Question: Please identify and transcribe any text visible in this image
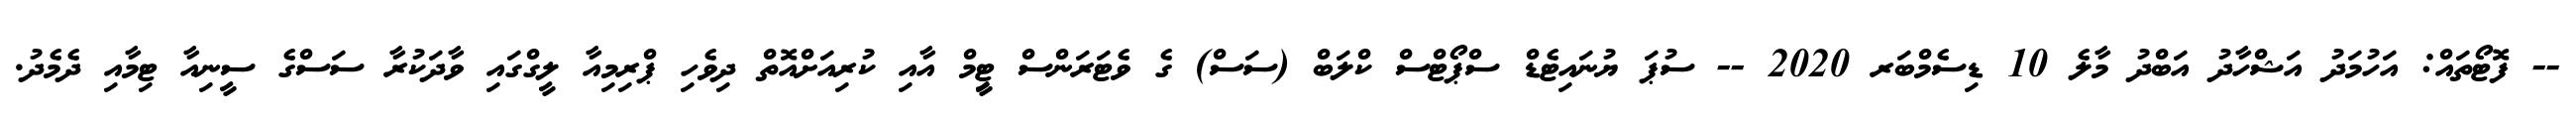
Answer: -- ފޮޓޯތައް: އަހުމަދު އަޝްހާދު އަބްދު މާލެ 10 ޑިސެމްބަރ 2020 -- ސުޕަ ޔުނައިޓެޑް ސްޕޯޓްސް ކްލަބް (ސަސް) ގެ ވެޓަރަންސް ޓިީމް އާއި ކުރިއަށްއޮތް ދިވެހި ޕްރިމިއާ ލީގްގައި ވާދަކުރާ ސަސްގެ ސީނިއާ ޓިމާއި ދެމެދު.